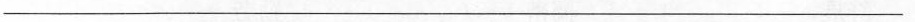
________________________